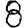
Digit: 8